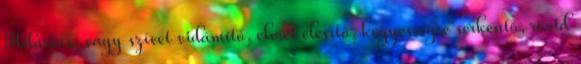
Hilárius, vagy szívet vidámító, elmét élesítő, kegyességre serkentő, rövid